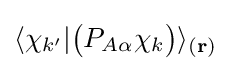
\langle \chi _{k'}|{\big (}P_{A\alpha }\chi _{k}{\big )}\rangle _{(\mathbf {r} )}